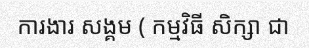
ការងារ សង្គម ( កម្មវិធី សិក្សា ជា